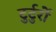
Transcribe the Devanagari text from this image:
टुर्टुर्रो